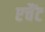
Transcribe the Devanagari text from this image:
एचैंट